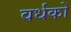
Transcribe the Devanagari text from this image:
वर्धकों